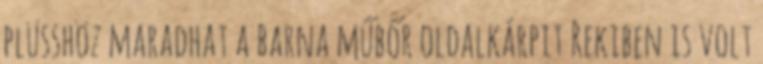
plüsshöz maradhat a barna műbőr oldalkárpit Rekiben is volt